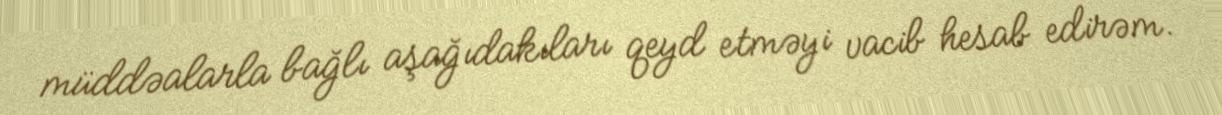
müddəalarla bağlı aşağıdakıları qeyd etməyi vacib hesab edirəm.